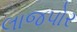
લાજપોર